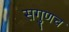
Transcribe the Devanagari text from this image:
सगुणच